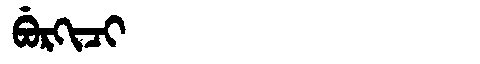
Manchu: ᠪᡠᡵᡴᡳᠴᡳ
Romanization: BURKICI